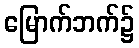
မြောက်ဘက်၌